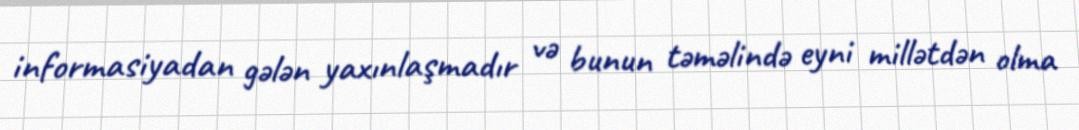
informasiyadan gələn yaxınlaşmadır və bunun təməlində eyni millətdən olma